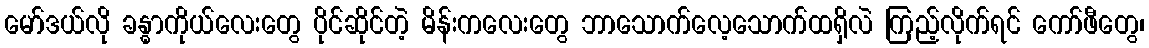
မော်ဒယ်လို ခန္ဓာကိုယ်လေးတွေ ပိုင်ဆိုင်တဲ့ မိန်းကလေးတွေ ဘာသောက်လေ့သောက်ထရှိလဲ ကြည့်လိုက်ရင် ကော်ဖီတွေ၊